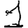
Digit: 1